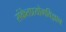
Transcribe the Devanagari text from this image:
संकेतप्रयोगविज्ञान